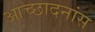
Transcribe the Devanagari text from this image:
आच्छादनांस